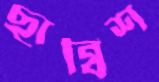
ছাব্বিশ